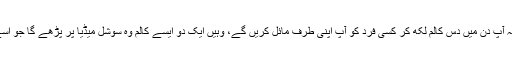
میں یہ کہوں گا کہ آپ بہت بڑے دانشور ہیں لیکن آپ کو بتا دوں کہ آپ دن میں دس کالم لکھ کر کسی فرد کو آپ اپنی طرف مائل کریں گے، وہیں ایک دو ایسے کالم وہ سوشل میڈیا پر پڑھے گا جو اسے آپ کی طرف سے منحرف اور دوسری طرف مائل کر دیں گے۔